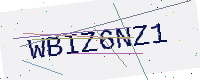
Text: WBIZ6NZ1